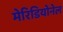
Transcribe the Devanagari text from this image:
मेरिडियोनेल